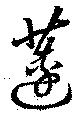
蓮